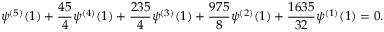
\psi ^ { ( 5 ) } ( 1 ) + \frac { 4 5 } { 4 } \psi ^ { ( 4 ) } ( 1 ) + \frac { 2 3 5 } { 4 } \psi ^ { ( 3 ) } ( 1 ) + \frac { 9 7 5 } { 8 } \psi ^ { ( 2 ) } ( 1 ) + \frac { 1 6 3 5 } { 3 2 } \psi ^ { ( 1 ) } ( 1 ) = 0 .